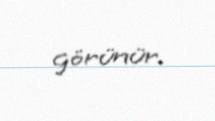
görünür.